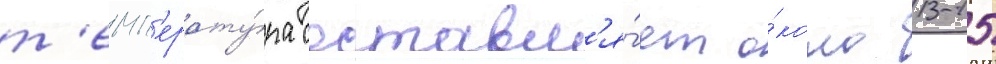
т'емп'ерату́ра составл'я́ет о́коло 13-15